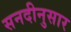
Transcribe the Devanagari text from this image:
सनदीनुसार